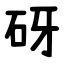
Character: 砑